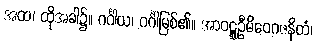
အထ၊ ထိုအခါ၌။ ဂင်္ဂါယ၊ ဂင်္ဂါမြစ်၏။ အာဝဋ္ဋဦမိဝေဂဇနိတံ၊